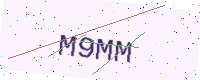
Text: M9MM